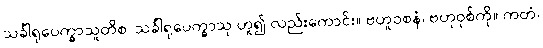
သင်္ခါရုပေက္ခာသူတိစ၊ သင်္ခါရုပေက္ခာသု ဟူ၍ လည်းကောင်း။ ဗဟူဝစနံ၊ ဗဟုဝုစ်ကို။ ကတံ၊